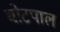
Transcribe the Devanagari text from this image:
घोटपाल